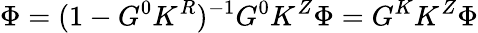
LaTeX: \Phi=(1-G^{0}K^{R})^{-1}G^{0}K^{Z}\Phi=G^{K}K^{Z}\Phi